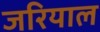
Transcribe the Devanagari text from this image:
जरियाल